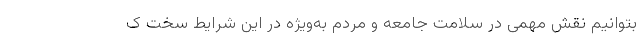
بتوانیم نقش مهمی در سلامت جامعه و مردم به‌ویژه در این شرایط سخت ک